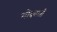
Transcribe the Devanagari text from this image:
गोदवाती